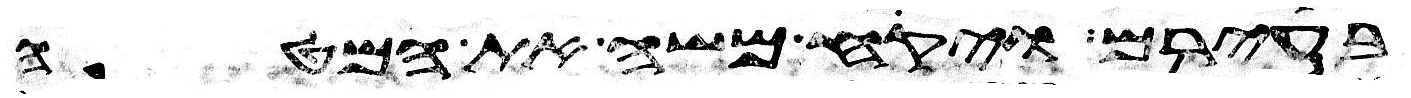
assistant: בעירם ויקח משה את המטה